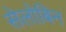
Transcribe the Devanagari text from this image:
सेलोबिन